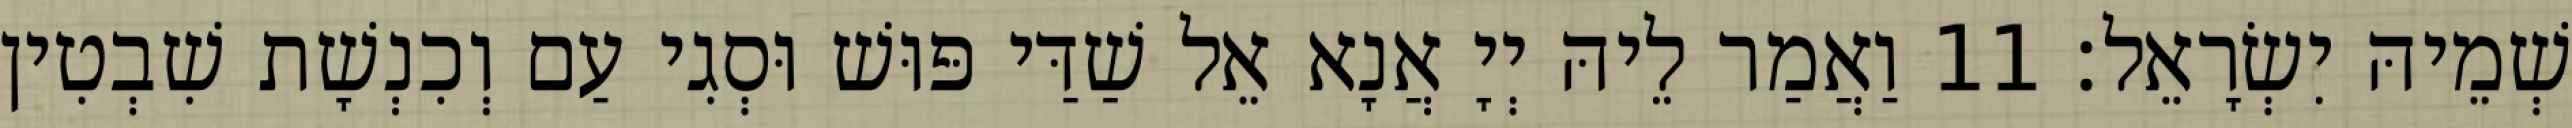
שְׁמֵיהּ יִשְׂרָאֵל׃ 11 וַאֲמַר לֵיהּ יְיָ אֲנָא אֵל שַׁדַּי פּוּשׁ וּסְגִי עַם וְכִנְשָׁת שִׁבְטִין